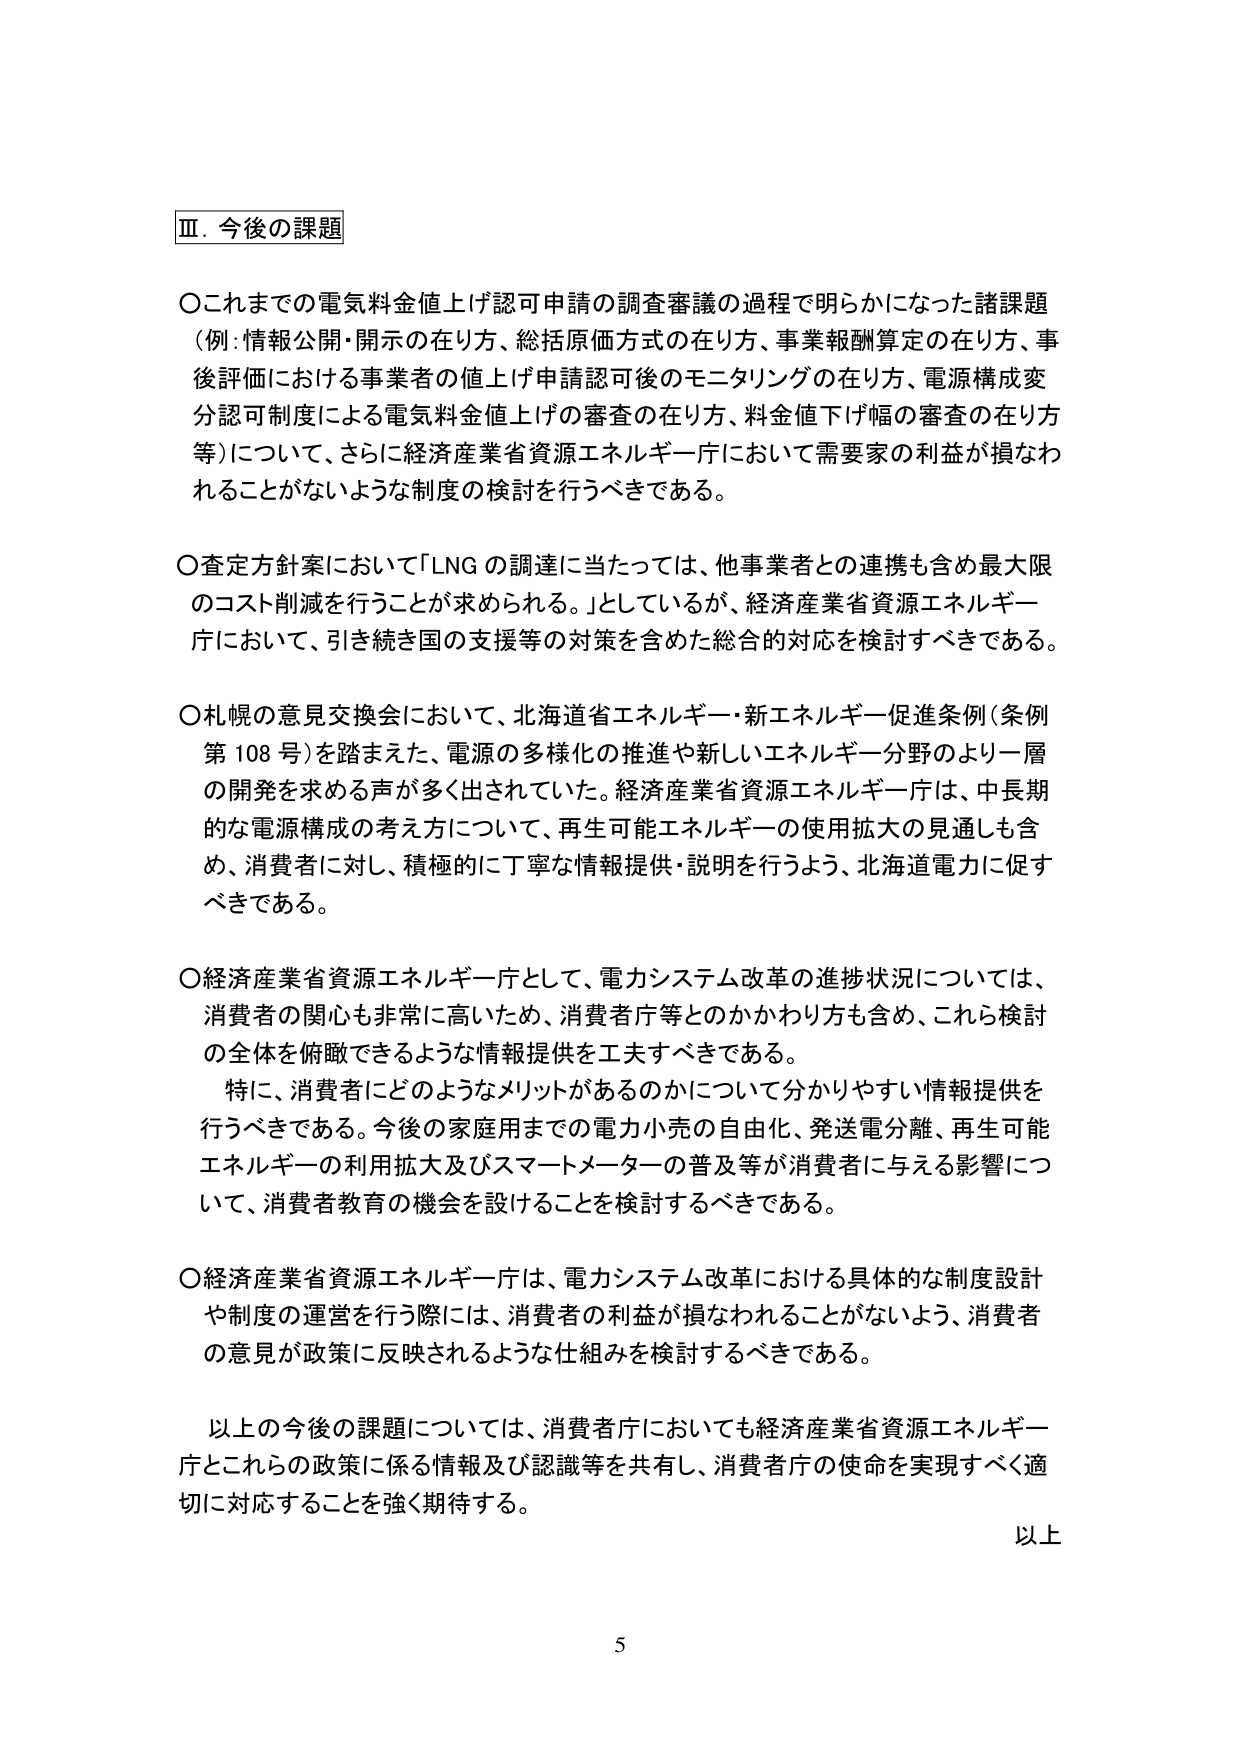
Ⅲ．今後の課題

〇これまでの電気料金値上げ認可申請の調査審議の過程で明らかになった諸課題（例：情報公開・開示の在り方、総括原価方式の在り方、事業報酬算定の在り方、事後評価における事業者の値上げ申請認可後のモニタリングの在り方、電源構成変分認可制度による電気料金値上げの審査の在り方、料金値下げ幅の審査の在り方等）について、さらに経済産業省資源エネルギー庁において需要家の利益が損なわれることがないような制度の検討を行うべきである。

〇査定方針案において「LNGの調達に当たっては、他事業者との連携も含め最大限のコスト削減を行うことが求められる。」としているが、経済産業省資源エネルギー庁において、引き続き国の支援等の対策を含めた総合的対応を検討すべきである。

〇札幌の意見交換会において、北海道省エネルギー・新エネルギー促進条例（条例第108号）を踏まえた、電源の多様化の推進や新しいエネルギー分野のより一層の開発を求める声が多く出されていた。経済産業省資源エネルギー庁は、中長期的な電源構成の考え方について、再生可能エネルギーの使用拡大の見通しも含め、消費者に対し、積極的に丁寧な情報提供・説明を行うよう、北海道電力に促すべきである。

〇経済産業省資源エネルギー庁として、電力システム改革の進捗状況については、消費者の関心も非常に高いため、消費者庁等とのかかわり方も含め、これら検討の全体を俯瞰できるような情報提供を工夫すべきである。
　特に、消費者にどのようなメリットがあるのかについて分かりやすい情報提供を行うべきである。今後の家庭用までの電力小売の自由化、発送電分離、再生可能エネルギーの利用拡大及びスマートメーターの普及等が消費者に与える影響について、消費者教育の機会を設けることを検討するべきである。

〇経済産業省資源エネルギー庁は、電力システム改革における具体的な制度設計や制度の運営を行う際には、消費者の利益が損なわれることがないよう、消費者の意見が政策に反映されるような仕組みを検討するべきである。

　以上の今後の課題については、消費者庁においても経済産業省資源エネルギー庁とこれらの政策に係る情報及び認識等を共有し、消費者庁の使命を実現すべく適切に対応することを強く期待する。

以上

5